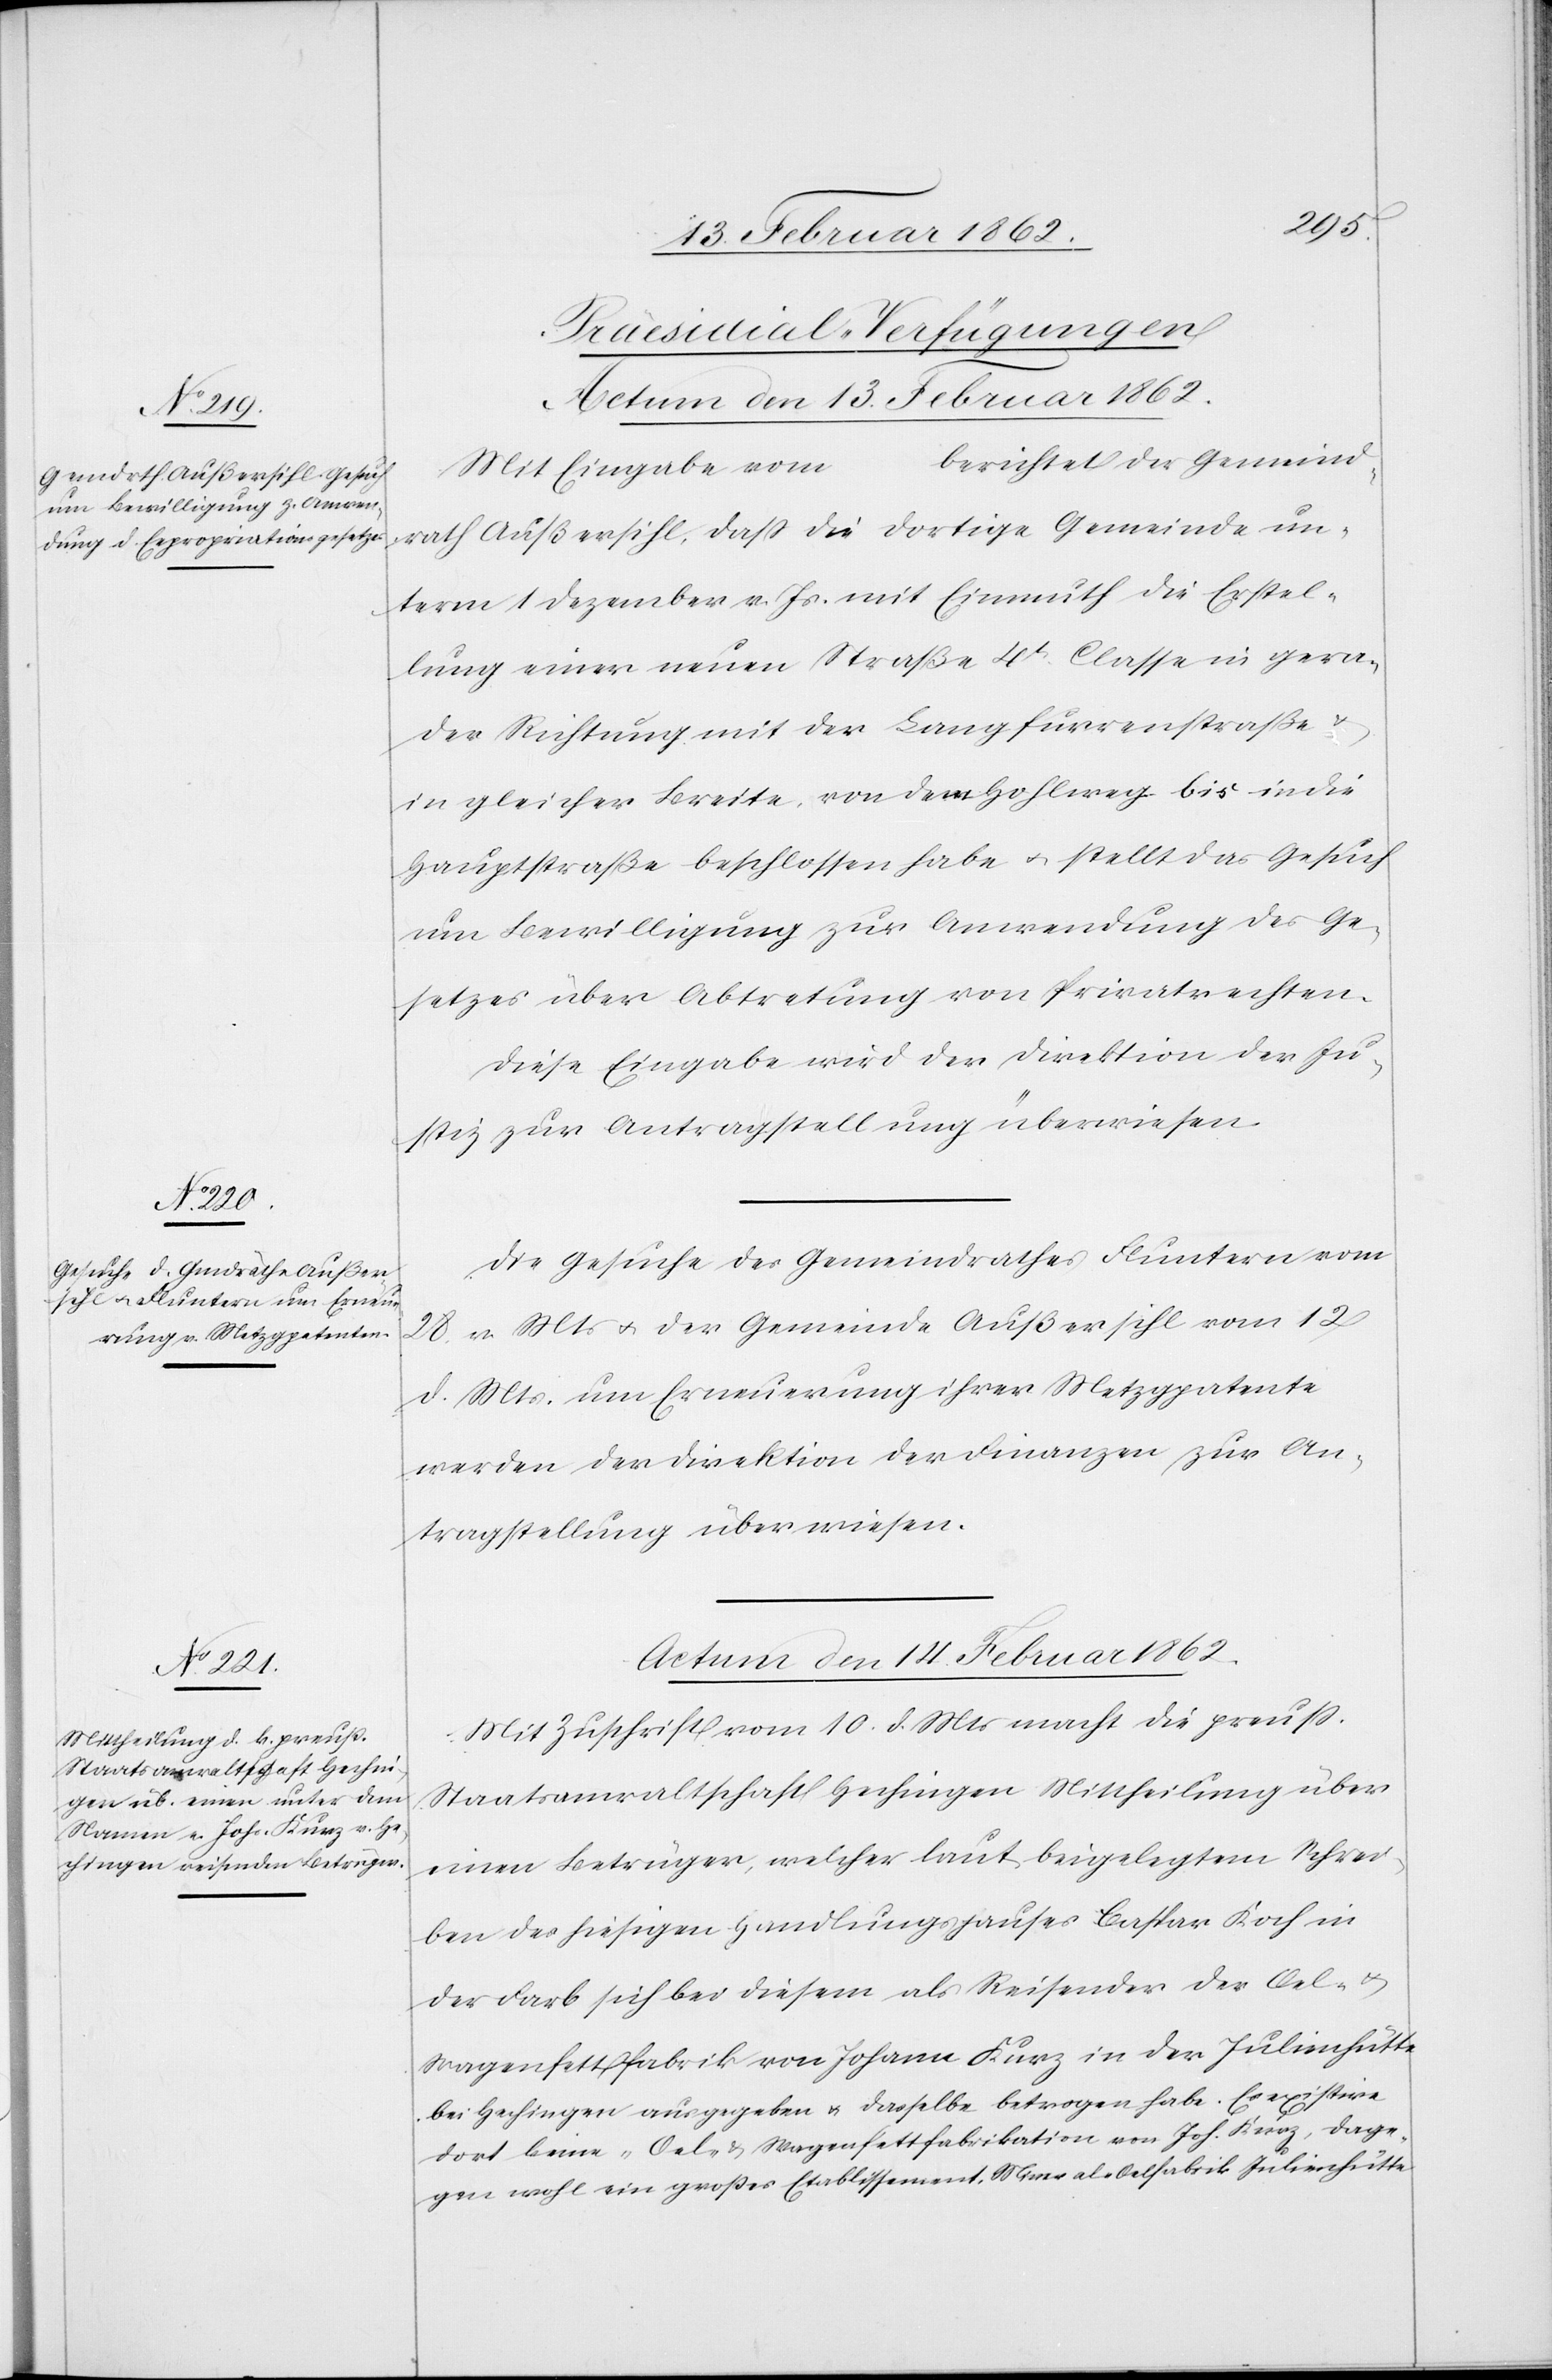
[Praesidial-Verfügungen]
berichtet der Gemeind¬
…
Mit Eingabe vom
rath Außersihl, daß die dortige Gemeinde un¬
term 1 Dezember v. Js. mit Einmuth die Erstel¬
lung einer neuen Straße 4t Classe in gera¬
der Richtung mit der Langfurrenstraße u.
in gleicher Breite, von dem Hohlweg bis in die
Hauptstraße beschlossen habe u. stellt das Gesuch
um Bewilligung zur Anwendung des Ge¬
setzes über Abtretung von Privatrechten.
Diese Eingabe wird der Direktion der Ju¬
stiz zur Antragstellung überwiesen.
Die Gesuche des Gemeindrathes Fluntern vom
28. v Mts u. der Gemeinde Außersihl vom 12
d. Mts. um Erneuerung ihrer Metzgpatente
werden der Direktion der Finanzen zur An¬
tragstellung überwiesen.
Actum den 14. Februar 1862.
Mit Zuschrift vom 10. d. Mts macht die preuß.
Staatsanwaltschaft Hechingen Mittheilung über
einen Betrüger, welcher laut beigelegtem Schrei¬
ben des hiesigen Handlungshauses Caspar Koch in
der Farb sich bei diesem als Reisender der Oel- u.
Wagenfettfabrik von Johann Kurz in der Julienhütte
bei Hechingen ausgegeben u. dasselbe betrogen habe. Es existire
dort keine „Oel- & Wagenfettfabrikation von Joh. Kurz, dage¬
gen wohl ein großes Etablissement Mineral-Oelfabrik Julienhütte